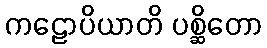
ကဠောပိယာတိ ပစ္ဆိတော